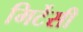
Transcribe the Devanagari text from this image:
मिर्टेसी